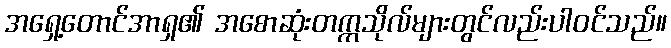
အရှေ့တောင်အာရှ၏ အစောဆုံးတက္ကသိုလ်များတွင်လည်းပါဝင်သည်။